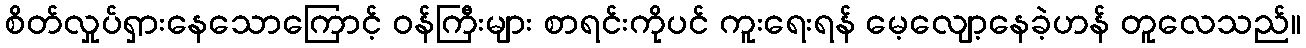
စိတ်လှုပ်ရှားနေသောကြောင့် ဝန်ကြီးများ စာရင်းကိုပင် ကူးရေးရန် မေ့လျော့နေခဲ့ဟန် တူလေသည်။